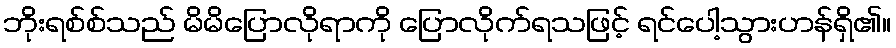
ဘိုးရစ်စ်သည် မိမိပြောလိုရာကို ပြောလိုက်ရသဖြင့် ရင်ပေါ့သွားဟန်ရှိ၏။